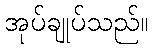
အုပ်ချုပ်သည်။